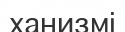
ханизмі